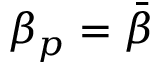
\beta _ { p } = \bar { \beta }